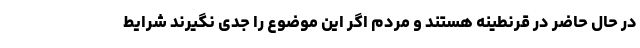
در حال حاضر در قرنطینه هستند و مردم اگر این موضوع را جدی نگیرند شرایط